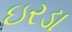
ઇરડા